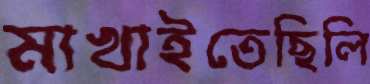
মাখাইতেছিলি